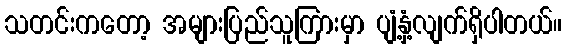
သတင်းကတော့ အများပြည်သူကြားမှာ ပျံ့နှံ့လျက်ရှိပါတယ်။